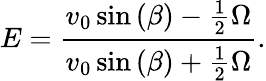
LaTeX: E=\frac{v_{0}\sin{(\beta)}-\frac{1}{2}\Omega}{v_{0}\sin{(\beta)}+\frac{1}{2}\Omega}.